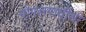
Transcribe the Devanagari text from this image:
गोगलगायींशी